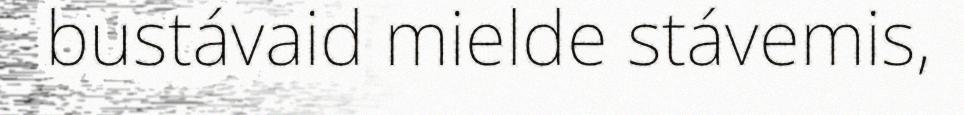
bustávaid mielde stávemis,